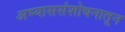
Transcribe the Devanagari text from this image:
अभ्याससंशोधनातून